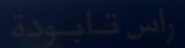
راس تابودة